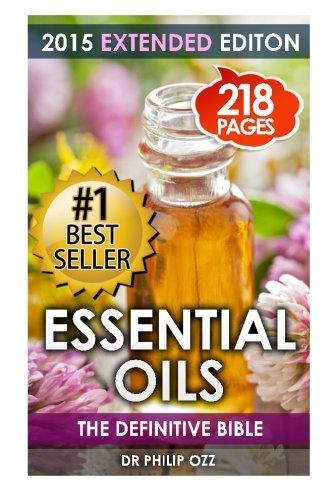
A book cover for Essential Oils: The Definitive Bible: (Aromatherapy, Stress Relief , Enhancing Life, Beauty, Youth, Energy); Dr Philip Ozz; Health, Fitness & Dieting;